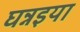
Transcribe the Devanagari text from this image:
घन्नइया